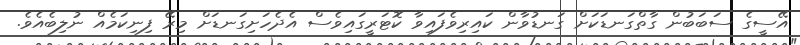
އޭސީގެ ސަބަބުން ގާތްގަނޑަކަށް ގަނޑުވާން ކައިރިވެފައިވާ ކޮޓަރީގައިވެސް އެދެހަށިގަނޑަށް މިރޭ ފިނިކަމެއް ނުލިބެއެވެ.